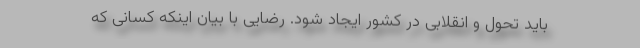
باید تحول و انقلابی در کشور ایجاد شود. رضایی با بیان اینکه کسانی که